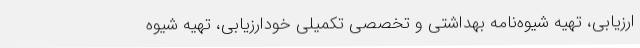
ارزیابی، تهیه شیوه‌نامه بهداشتی و تخصصی تکمیلی خودارزیابی، تهیه شیوه